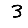
Digit: 3